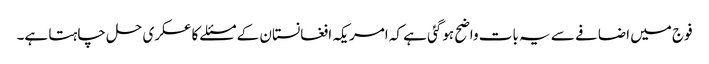
فوج میں اضافے سے یہ بات واضح ہوگئی ہے کہ امریکہ افغانستان کے مسئلے کا عسکری حل چاہتا ہے۔